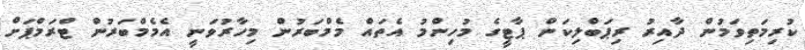
ކުރިމަތިވަމުން ދާއިރު ރިޕަބްލިކަން ޕާޓީގެ މުހިންމު އެތައް މެމްބަރުން މިހާރުވަނީ އެމެމްބަރުން ޓްރަމްޕަށް